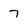
Character: 7